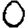
Digit: 0